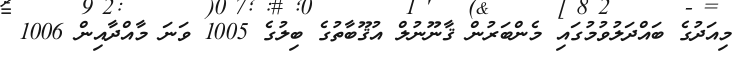
މިއަދުގެ ބައްދަލުވުމުގައި މެންބަރުން ޤާނޫނުލް އުޤޫބާތުގެ ބިލުގެ 1005 ވަނަ މާއްދާއިން 1006